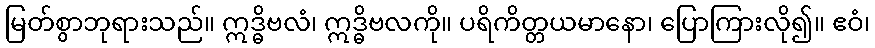
မြတ်စွာဘုရားသည်။ ဣဒ္ဓိဗလံ၊ ဣဒ္ဓိဗလကို။ ပရိကိတ္တယမာနော၊ ပြောကြားလို၍။ ဧဝံ၊